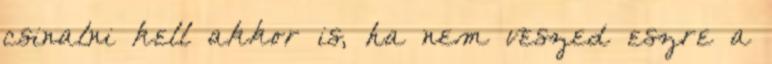
csinalni kell akkor is, ha nem veszed eszre a